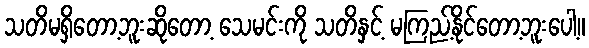
သတိမရှိတော့ဘူးဆိုတော့ သေမင်းကို သတိနှင့် မကြည့်နိုင်တော့ဘူးပေါ့။